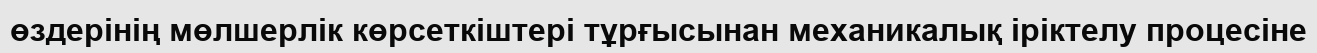
өздерінің мөлшерлік көрсеткіштері тұрғысынан механикалық іріктелу процесіне